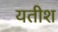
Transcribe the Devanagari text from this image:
यतीश